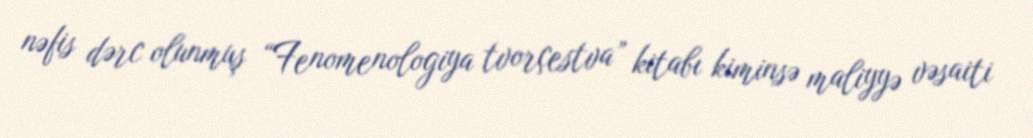
nəfis dərc olunmuş “Fenomenologiya tvorçestva” kitabı kiminsə maliyyə vəsaiti